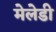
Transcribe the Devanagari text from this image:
मेलेडी